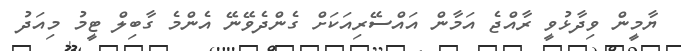
ޔާމީން ވިދާޅުވީ ރާއްޖެ އަމާން އައްސޭރިއަކަށް ގެންދެވޭނޭ އެންމެ ގާބިލް ޓީމު މިއަދު